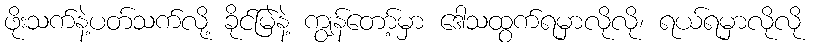
ဖိုးသက်နဲ့ပတ်သက်လို့ ခိုင်မြဲနဲ့ ကျွန်တော့်မှာ ဒေါသထွက်ရမှာလိုလို၊ ရယ်ရမှာလိုလို